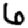
Digit: 6